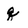
Character: q